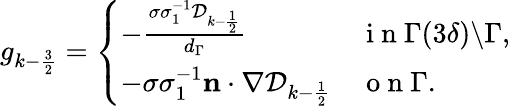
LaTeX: \begin{array}{r}{g_{k-\frac{3}{2}}=\left\{ \begin{array}{ll}{-\frac{\sigma\sigma_{1}^{-1}\mathcal{D}_{k-\frac{1}{2}}}{d_{\Gamma}}}&{\mathrm{~i~n~}\Gamma(3\delta)\backslash\Gamma,}\\ {-\sigma\sigma_{1}^{-1}\mathbf{n}\cdot\nabla\mathcal{D}_{k-\frac{1}{2}}}&{\mathrm{~o~n~}\Gamma.}\end{array}\right.}\end{array}